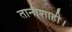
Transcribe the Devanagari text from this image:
तानाशाही।